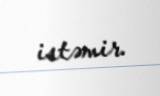
istəmir.